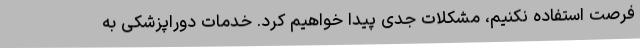
فرصت استفاده نکنیم، مشکلات جدی پیدا خواهیم کرد. خدمات دوراپزشکی به